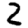
Digit: 2